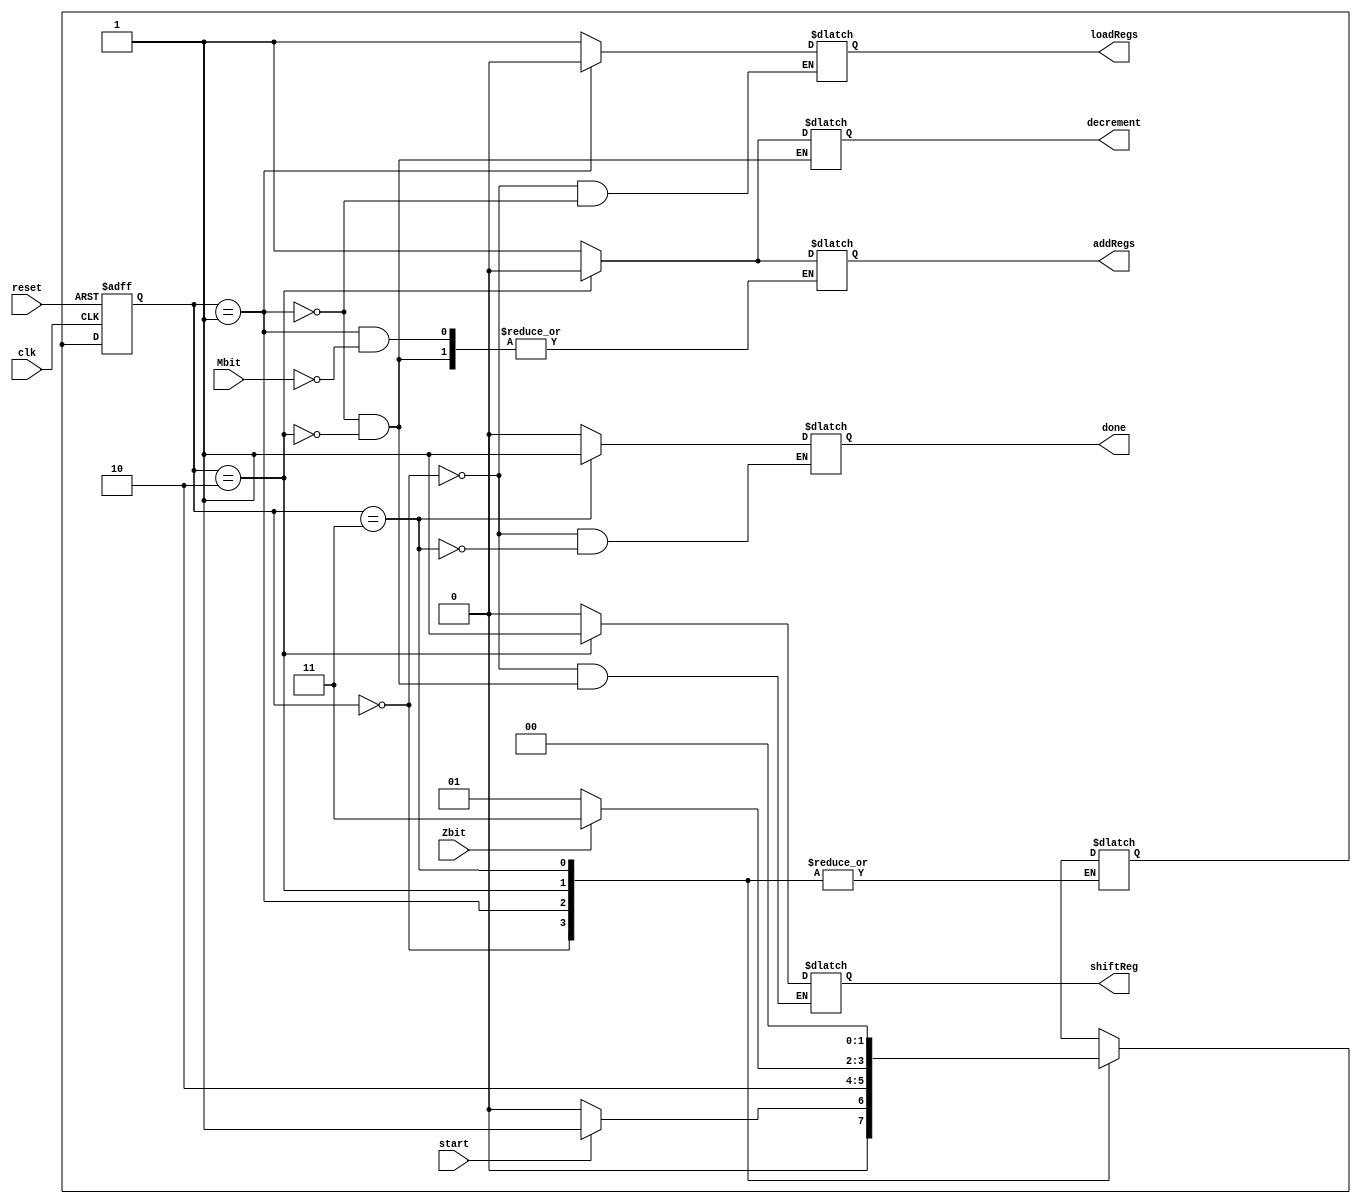
//------------------------------------------------------------------
// 			Controller for Unsigned Binary Multiplier
//------------------------------------------------------------------
module Controller(
input clk, reset, start, Zbit, Mbit,
output reg loadRegs, addRegs, shiftReg, decrement, done
);

//------------------------------------------------------------------
// 			 Local Parameters All Possible States
//------------------------------------------------------------------

parameter 
WAITING  = 2'b00,
ADDING 	=  2'b01,
SHIFTING = 2'b10,
DONE = 2'b11;

//------------------------------------------------------------------
// 						Registry States
//------------------------------------------------------------------

reg [1:0] currentState, nextState;

//------------------------------------------------------------------
// 					Transition to Next State
//------------------------------------------------------------------

always @ (posedge clk or posedge reset)
begin
	if (reset) currentState <= WAITING; 
	else currentState <= nextState;
end

//-----------------------------------------------------------------
//                   Next State Selection 
// "Comments describe every state transiton according to STG"
//------------------------------------------------------------------

always @(*) 
begin
	case(currentState)
	WAITING:                          //WAITING for Input
	begin  
		if(start) 
			nextState <= ADDING;
		else 
			nextState <= WAITING;
	end

	ADDING: 				//ADDING multiplicand if Mbit is "1"
	begin 
		nextState <= SHIFTING; 
	end

	SHIFTING: 				//SHIFTING registers "1" bit to right 								
	begin                           
		if(Zbit)
		begin
			nextState <= DONE;
		end
		else 
			nextState <= ADDING;
	end
	
	DONE:                  //DONE "Product is Obtained"
	begin 
		nextState <= WAITING;
	end

	default : nextState <= WAITING;

	endcase
end

//-----------------------------------------------------------------
// 			Determining the Outputs of the Controller
//-----------------------------------------------------------------

always @(*)
begin
	case (currentState)
	WAITING:
	begin
		shiftReg <= 0;
		loadRegs <= 1;
		done <= 0;
	end

	ADDING: 
	begin
		shiftReg <= 0;
		decrement <= 1;
		loadRegs <= 0;
		if(Mbit) 
			addRegs <= 1;
	end

	SHIFTING: 
	begin 
		shiftReg <= 1;
		addRegs <= 0;
		decrement <= 0;
	end
	
	DONE:
	begin 
		done <= 1;
	end

	default : nextState = WAITING;
	endcase
end

endmodule